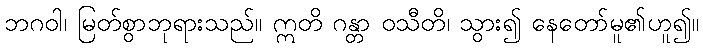
ဘဂဝါ၊ မြတ်စွာဘုရားသည်။ ဣတိ ဂန္တာ ဝသီတိ၊ သွား၍ နေတော်မူ၏ဟူ၍။